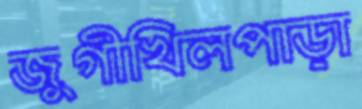
জুগীখিলপাড়া